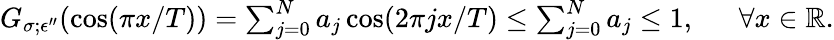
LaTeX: \begin{array}{rl}{G_{\sigma;\epsilon^{\prime\prime}}(\cos(\pi x/T))=\sum_{j=0}^{N}a_{j}\cos(2\pi jx/T)\le\sum_{j=0}^{N}a_{j}\le 1,~}&{{}~\forall x\in\mathbb{R}.}\end{array}